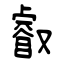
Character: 叡